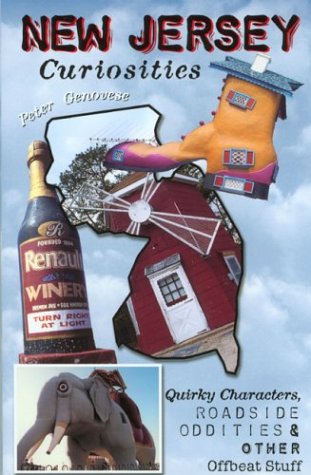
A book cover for New Jersey Curiosities: Quirky Characters, Roadside Oddities & Other Offbeat Stuff (Curiosities Series); Peter Genovese1; Travel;